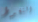
التغوط